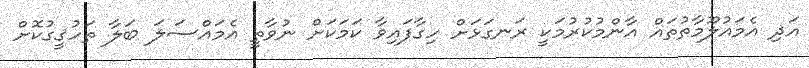
އަދި އެމައުލޫމާތުތައް އާންމުކުރުމަކީ ރަނގަޅަށް ހިގާފައިވާ ކަމަކަށް ނުވާތީ އެމައްސަލަ ބަލާ ތަހުޤީގުކޮށް